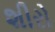
શીરો